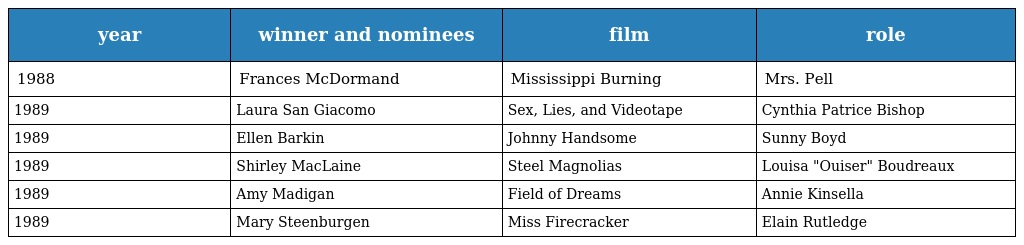
| year | winner and nominees | film | role |
 | --- | --- | --- | --- |
 | 1988 | Frances McDormand | Mississippi Burning | Mrs. Pell |
 | 1989 | Laura San Giacomo | Sex, Lies, and Videotape | Cynthia Patrice Bishop |
 | 1989 | Ellen Barkin | Johnny Handsome | Sunny Boyd |
 | 1989 | Shirley MacLaine | Steel Magnolias | Louisa "Ouiser" Boudreaux |
 | 1989 | Amy Madigan | Field of Dreams | Annie Kinsella |
 | 1989 | Mary Steenburgen | Miss Firecracker | Elain Rutledge |